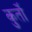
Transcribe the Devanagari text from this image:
कुर्तों